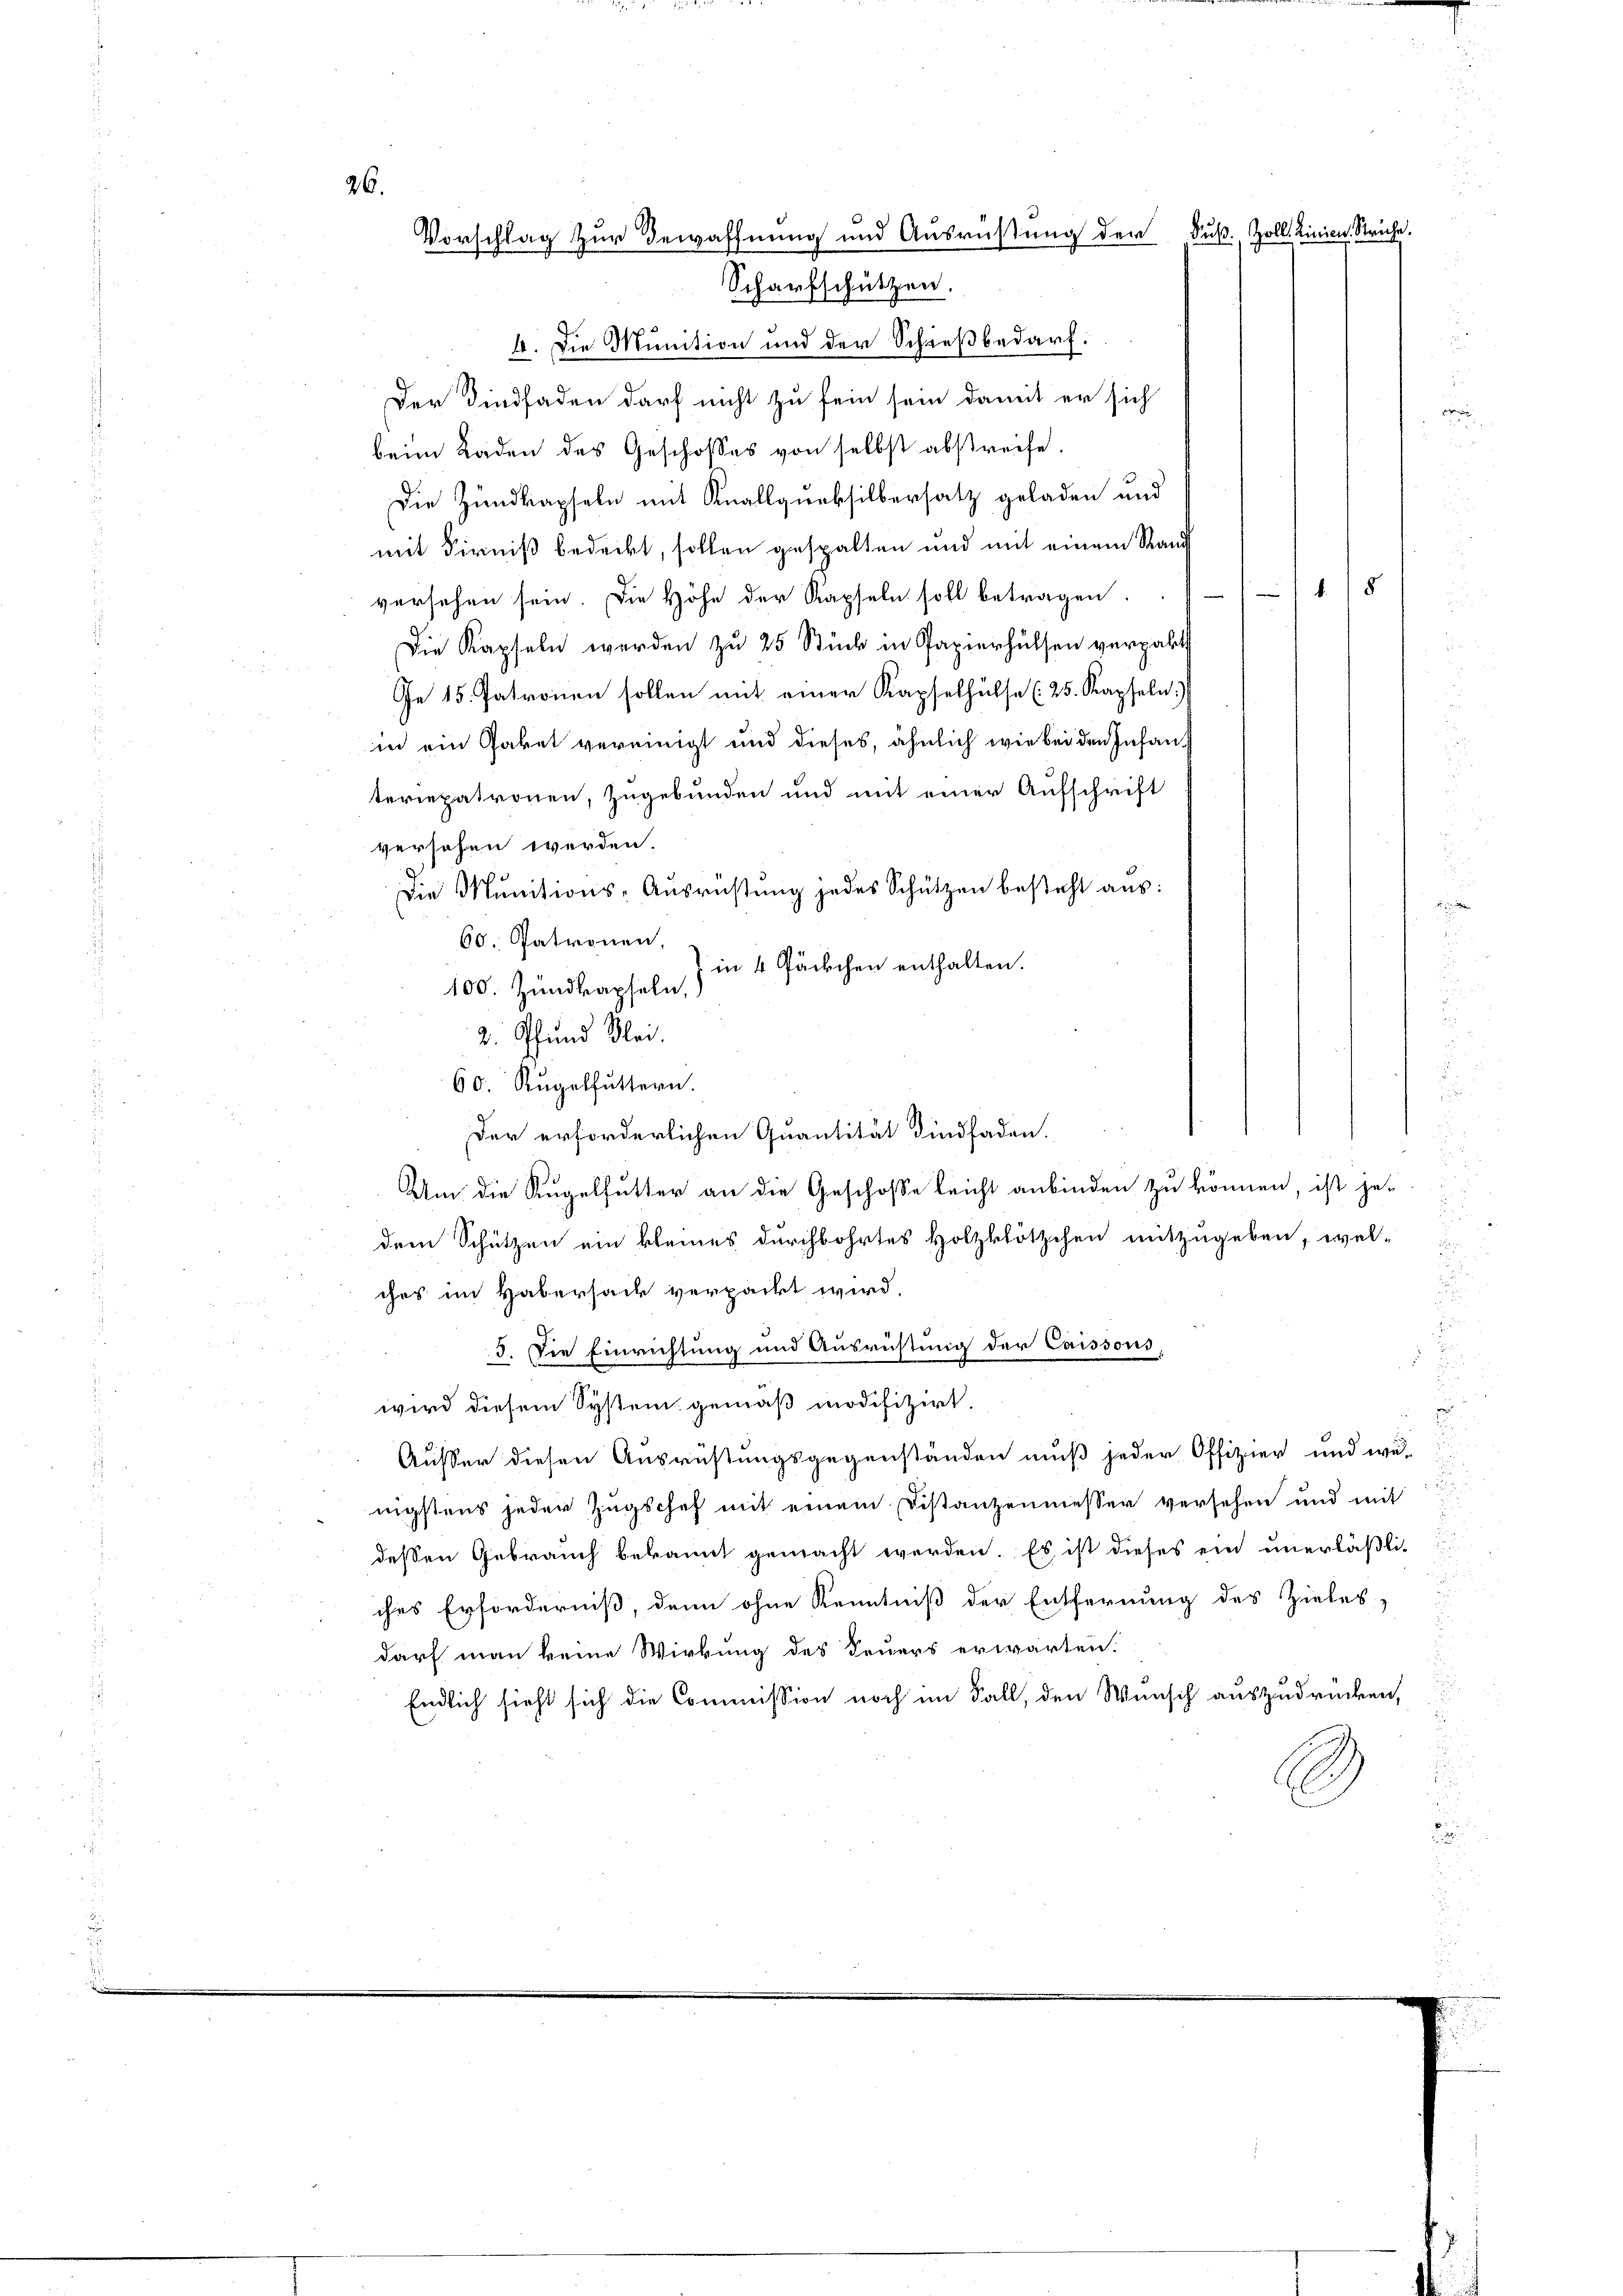
26.
Vorschlag zur Bewaffnung und Ausrüstung der Fuß. Zoll. Linien. Striche
Scharfschützen.

4. Die Munition und der Schießbedarf.
Der Findfaden darf nicht zu sein sein damit er sich
d
beim Laden des Geschosses von selbst abstreife.
Die Zundkapseln mit Knallqurksilbersatz geladen und
mit Firniß bedeckt, sollen gespalten und mit einem Rand
versehen sein. Die Höhe der Kapseln soll betragen
u
Die Kapseln werden zu 25 Stück in Papierhülsen verpalt
Ge 15. Patronen sollen mit einer Kapselhülfe (25. Kapseln)
in ein Paket vereinigt und dieses, ähnlich wie bei den Infan¬
u
teriepatronen, zugebunden und mit einer Aufschrift
u
versehen werden.
Die Munitions-Ausrüstung jedes Schützen besteht aus:
d
60. Patronen,
in 4 Päckchen enthalten.
100. Zundkapseln,
2. Pfund Klei.
60. Rugelfuttern.
d
Der erforderlichen Quantität dindfaden.
Um die Kugelfutter an die Geschose leicht anbinden zu können, ist jet
.
dem Schützen ein kleines durchbohrtes Holzblötzchen mitzugeben, wel¬
.
ches im Habersack verpackt wird,
d
5. Die Einrichtung und Ausrichtung der Caissons,
.
wird diesem System gemäß modifizirt.
d
Ausser diesen Ausrüstungsgegenständen muß jeder Offizier und we-
d
nigstens jeder Zugschef mit einem Distanzenmesser versehen und mit
dessen Gebrauch bekannt gemacht werden. Es ist dieses ein unerläßli-
ches Erforderniß, denn ohne Kenntniß der Entfernung des Zieles,
darf man keine Wirkung des Feuers erwarten.
Endlich sieht sich die Commission noch im Fall, den Wunsch auszudrücken,
i
)

415

.